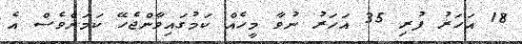
18 އަހަރު ފުރި 35 އަހަރު ނުވާ މީހެއް ކަމުގައިވާންޖެހޭ ކަމަށްވެސް އެ